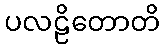
ပလဠိတောတိ